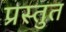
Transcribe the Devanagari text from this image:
प्रस्‍तुत